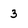
Character: 3